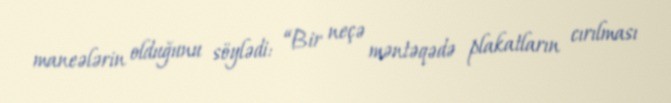
maneələrin olduğunu söylədi: “Bir neçə məntəqədə plakatların cırılması